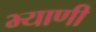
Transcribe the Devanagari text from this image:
भ्याणी